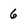
Character: 6